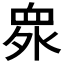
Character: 𱲻